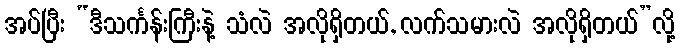
အပ်ပြီး “ဒီသင်္ကန်းကြီးနဲ့ သံလဲ အလိုရှိတယ်, လက်သမားလဲ အလိုရှိတယ်”လို့